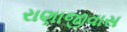
રાણાજીવાસ